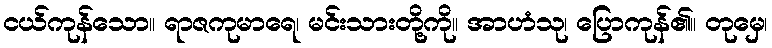
ငယ်ကုန်သော။ ရာဇကုမာရေ၊ မင်းသားတို့ကို။ အာဟံသု၊ ပြောကုန်၏။ တုမှေ၊